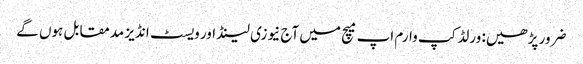
ضرور پڑھیں: ورلڈکپ وارم اپ میچ میں آج نیوزی لینڈ اور ویسٹ انڈیز مدمقابل ہوں گے